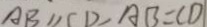
A B / / C D , A B = C D